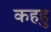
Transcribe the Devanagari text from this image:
कहहु